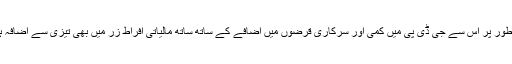
معاشی طور پر اس سے جی ڈی پی میں کمی اور سرکاری قرضوں میں اضافے کے ساتھ ساتھ مالیاتی افراط زر میں بھی تیزی سے اضافہ ہوتا ہے۔